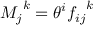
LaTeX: { M _ { j } } ^ { k } = \theta ^ { i } { f _ { i j } } ^ { k }